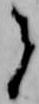
者